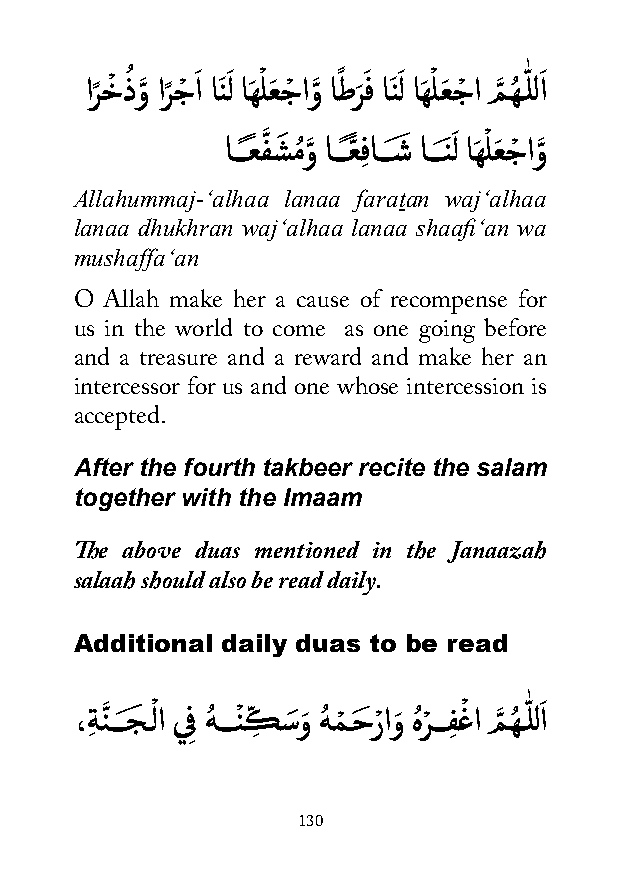
ارً خْ ذُ وَّ ارً جْ اَ انَ َ ل اهَ ْ لعَ جْ اوَّ اطً رَ َ ف انَ َ ل اهَ ْ لعَ جْ ا مَّ هُ ـّٰ للاَ
 اـــعً فَّ شَ مُوَّ اـــعًّ ِفاـــشَ اـــنَ َ ل اهَ ْ لعَ جْ اوَّ
 Allahummaj-‘alhaa lanaa faratan waj‘alhaa
 lanaa dhukhran waj‘alhaa lanaa shaafi‘an wa
 mushaffa‘an
 O Allah make her a cause of recompense for
 us in the world to come as one going before
 and a treasure and a reward and make her an
 intercessor for us and one whose intercession is
 accepted.
 After the fourth takbeer recite the salam
 together with the Imaam
 The above duas mentioned in the Janaazah
 salaah should also be read daily.
 Additional daily duas to be read
 ،ةِ نَّ ـــجَ ـْ لا ي ِف هُ ـــنْ كِّ سَوَ هُ مْ ـحَ رْ اوَ هُرْ ـــفِ غْ ا مَّ هُ ـّٰ للاَ
 130